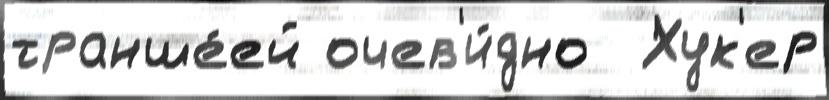
транше́ей очев'и́дно  Хук'ер